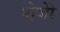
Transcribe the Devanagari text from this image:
पोपोरे